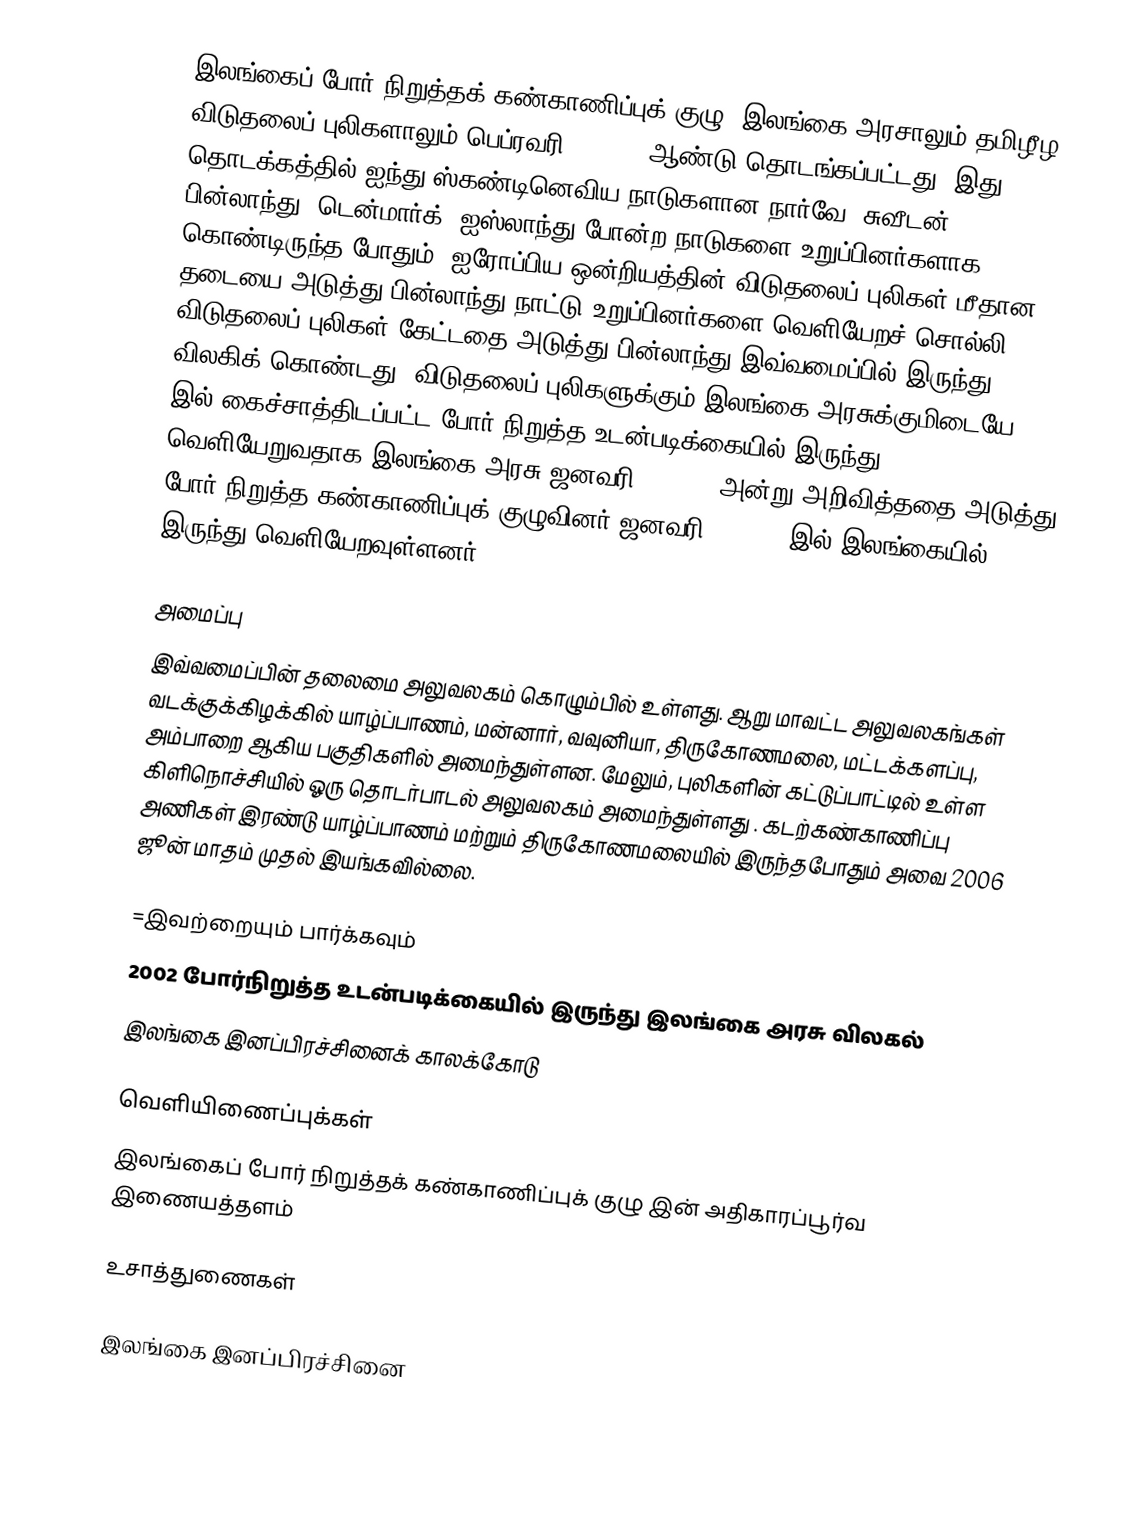
இலங்கைப் போர் நிறுத்தக் கண்காணிப்புக் குழு, இலங்கை அரசாலும் தமிழீழ விடுதலைப் புலிகளாலும் பெப்ரவரி 22, 2002ஆண்டு தொடங்கப்பட்டது. இது தொடக்கத்தில் ஐந்து ஸ்கண்டினெவிய நாடுகளான நார்வே, சுவீடன், பின்லாந்து, டென்மார்க், ஐஸ்லாந்து போன்ற நாடுகளை உறுப்பினர்களாக கொண்டிருந்த போதும், ஐரோப்பிய ஒன்றியத்தின் விடுதலைப் புலிகள் மீதான தடையை அடுத்து பின்லாந்து நாட்டு உறுப்பினர்களை வெளியேறச் சொல்லி விடுதலைப் புலிகள் கேட்டதை அடுத்து பின்லாந்து இவ்வமைப்பில் இருந்து விலகிக் கொண்டது. விடுதலைப் புலிகளுக்கும் இலங்கை அரசுக்குமிடையே 2002 இல் கைச்சாத்திடப்பட்ட போர் நிறுத்த உடன்படிக்கையில் இருந்து வெளியேறுவதாக இலங்கை அரசு ஜனவரி 3, 2008 அன்று அறிவித்ததை அடுத்து போர் நிறுத்த கண்காணிப்புக் குழுவினர் ஜனவரி 16 2008 இல் இலங்கையில் இருந்து வெளியேறவுள்ளனர்.

அமைப்பு
இவ்வமைப்பின் தலைமை அலுவலகம் கொழும்பில் உள்ளது. ஆறு மாவட்ட அலுவலகங்கள் வடக்குக்கிழக்கில் யாழ்ப்பாணம், மன்னார், வவுனியா, திருகோணமலை, மட்டக்களப்பு, அம்பாறை ஆகிய பகுதிகளில் அமைந்துள்ளன. மேலும், புலிகளின் கட்டுப்பாட்டில் உள்ள கிளிநொச்சியில் ஓரு தொடர்பாடல் அலுவலகம் அமைந்துள்ளது . கடற்கண்காணிப்பு அணிகள் இரண்டு யாழ்ப்பாணம் மற்றும் திருகோணமலையில் இருந்தபோதும் அவை 2006 ஜூன் மாதம் முதல் இயங்கவில்லை.

=இவற்றையும் பார்க்கவும்
 2002 போர்நிறுத்த உடன்படிக்கையில் இருந்து இலங்கை அரசு விலகல்
 இலங்கை இனப்பிரச்சினைக் காலக்கோடு

வெளியிணைப்புக்கள்
இலங்கைப் போர் நிறுத்தக் கண்காணிப்புக் குழு  இன் அதிகாரப்பூர்வ இணையத்தளம்

உசாத்துணைகள்

இலங்கை இனப்பிரச்சினை